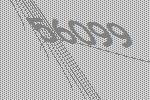
56099